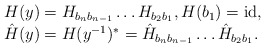
\begin{align*}\begin{array}{l}H(y)=H_{b_n b_{n-1}}\dots H_{b_2 b_{1}},H(b_1)=\textrm{id},\\\hat{H}(y)=H(y^{-1})^{\ast}=\hat{H}_{b_n b_{n-1}}\dots \hat{H}_{b_2 b_{1}}.\end{array}\end{align*}